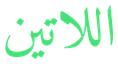
اللاتين